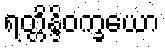
ရတ္တိန္ဒိဝက္ခယော